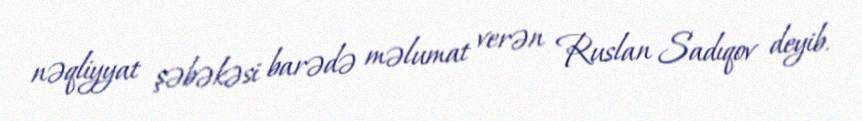
nəqliyyat şəbəkəsi barədə məlumat verən Ruslan Sadıqov deyib.